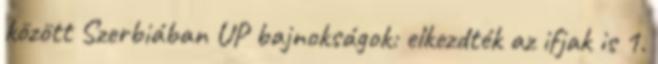
között Szerbiában UP bajnokságok: elkezdték az ifjak is 1.